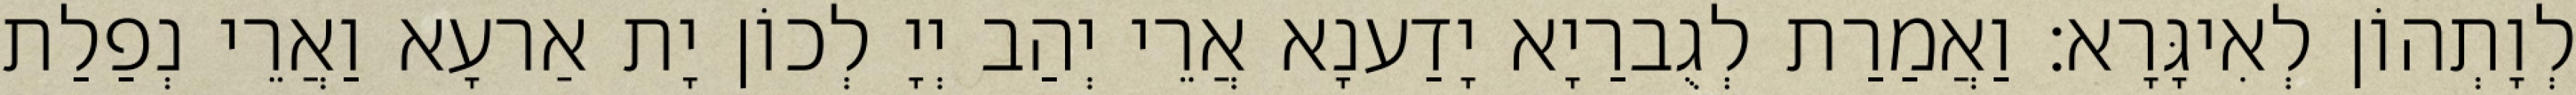
לְוָתְהוֹן לְאִיגָּרָא׃ וַאֲמַרַת לְגֻברַיָא יָדַענָא אֲרֵי יְהַב יְיָ לְכוֹן יָת אַרעָא וַאֲרֵי נְפַלַת